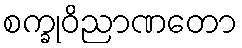
စက္ခုဝိညာဏတော